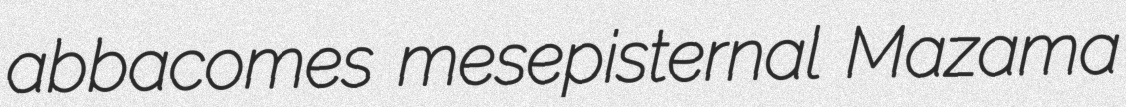
abbacomes mesepisternal Mazama